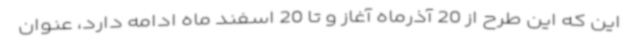
این که این طرح از 20 آذرماه آغاز و تا 20 اسفند ماه ادامه دارد، عنوان